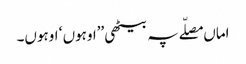
اماں مصلّے پہ بیٹھی ’’اوہوں ‘ اوہوں۔